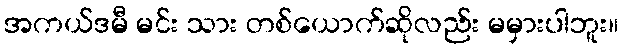
အကယ်ဒမီ မင်း သား တစ်ယောက်ဆိုလည်း မမှားပါဘူး။